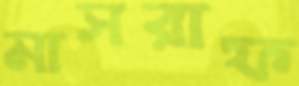
মাসরাফ